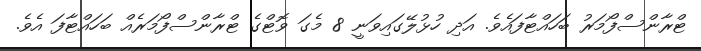
ޓްރާންސްފޯމަރު ބަހައްޓާފައެވެ. އަދި ހުޅުލޭގައިވަނީ 8 މެގަ ވޮޓްގެ ޓްރާންސްފޯމަރެއް ބަހައްޓާފަ އެވެ.